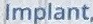
Implant